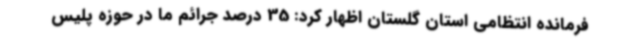
فرمانده انتظامی استان گلستان اظهار کرد: 35 درصد جرائم ما در حوزه پلیس